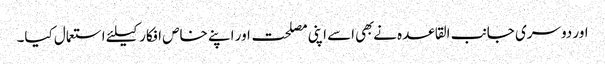
اور دوسری جانب القاعده نے بهی اسے اپنی مصلحت اور اپنے خاص افکار کیلئے استعمال کیا۔